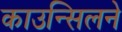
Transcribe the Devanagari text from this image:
काउन्सिलने